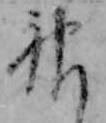
神